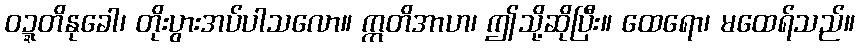
ဝဍ္ဍတိနုခေါ၊ တိုးပွားအပ်ပါသလော။ ဣတိအာဟ၊ ဤသို့ဆိုပြီး။ ထေရော၊ မထေရ်သည်။